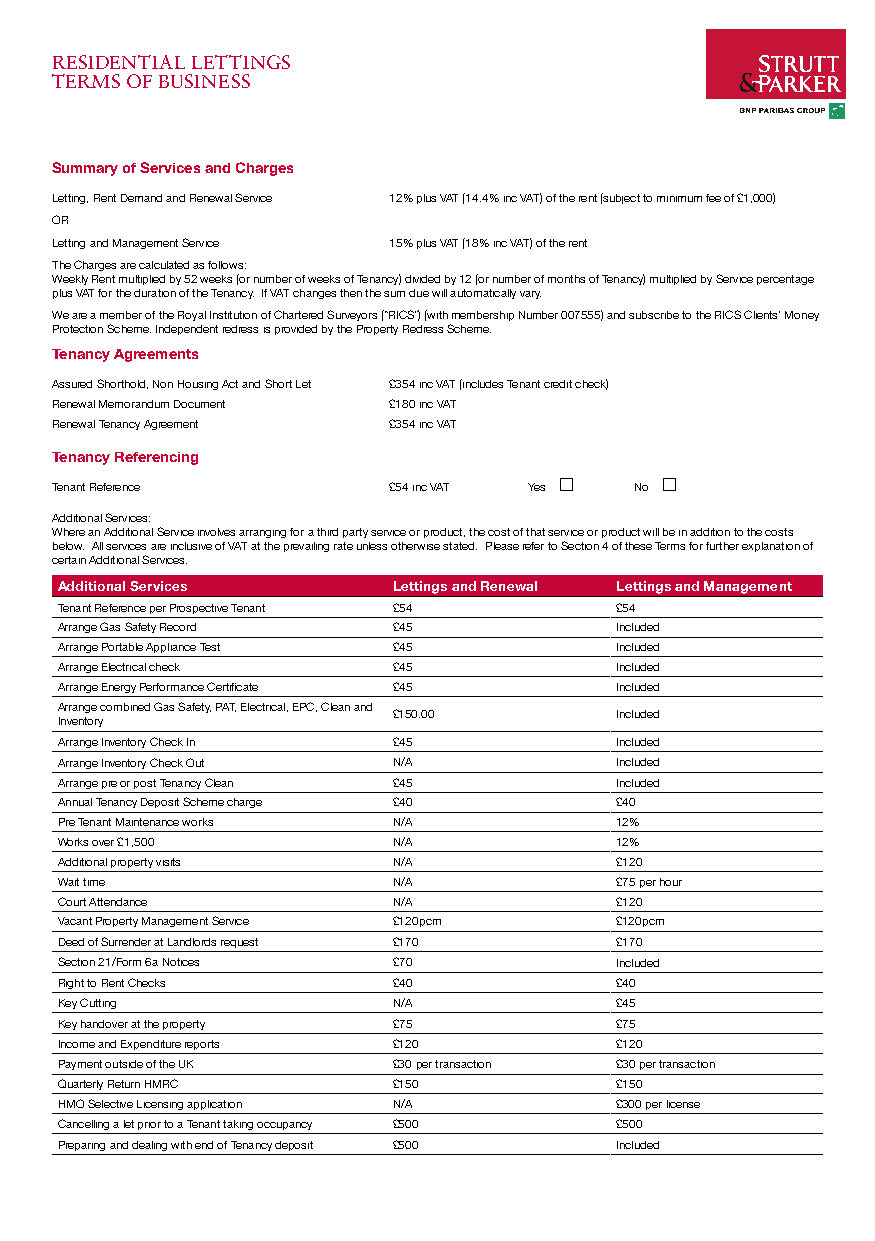
RESIDENTIAL LETTINGS
 TERMS OF BUSINESS
 Summary of Services and Charges
 Letting, Rent Demand and Renewal Service 12% plus VAT (14.4% inc VAT) of the rent (subject to minimum fee of £1,000)
 OR
 Letting and Management Service 15% plus VAT (18% inc VAT) of the rent
 The Charges are calculated as follows:
 Weekly Rent multiplied by 52 weeks (or number of weeks of Tenancy) divided by 12 (or number of months of Tenancy) multiplied by Service percentage
 plus VAT for the duration of the Tenancy. If VAT changes then the sum due will automatically vary.
 We are a member of the Royal Institution of Chartered Surveyors (“RICS”) (with membership Number 007555) and subscribe to the RICS Clients’ Money
 Protection Scheme. Independent redress is provided by the Property Redress Scheme.
 Tenancy Agreements
 Assured Shorthold, Non Housing Act and Short Let £354 inc VAT (includes Tenant credit check)
 Renewal Memorandum Document £180 inc VAT
 Renewal Tenancy Agreement £354 inc VAT
 Tenancy Referencing
 Tenant Reference       £54 inc VAT Yes £ No £
 Additional Services:
 Where an Additional Service involves arranging for a third party service or product, the cost of that service or product will be in addition to the costs
 below. All services are inclusive of VAT at the prevailing rate unless otherwise stated. Please refer to Section 4 of these Terms for further explanation of
 certain Additional Services.
 Additional Services   Lettings and Renewal Lettings and Management
 Tenant Reference per Prospective Tenant £54 £54
 Arrange Gas Safety Record £45        Included
 Arrange Portable Appliance Test £45  Included
 Arrange Electrical check £45         Included
 Arrange Energy Performance Certificate £45 Included
 Arrange combined Gas Safety, PAT, Electrical, EPC, Clean and
 £150.00        Included
 Inventory
 Arrange Inventory Check In £45       Included
 Arrange Inventory Check Out N/A      Included
 Arrange pre or post Tenancy Clean £45 Included
 Annual Tenancy Deposit Scheme charge £40 £40
 Pre Tenant Maintenance works N/A     12%
 Works over £1,500     N/A            12%
 Additional property visits N/A       £120
 Wait time             N/A            £75 per hour
 Court Attendance      N/A            £120
 Vacant Property Management Service £120pcm £120pcm
 Deed of Surrender at Landlords request £170 £170
 Section 21/Form 6a Notices £70       Included
 Right to Rent Checks  £40            £40
 Key Cutting           N/A            £45
 Key handover at the property £75     £75
 Income and Expenditure reports £120  £120
 Payment outside of the UK £30 per transaction £30 per transaction
 Quarterly Return HMRC £150           £150
 HMO Selective Licensing application N/A £300 per license
 Cancelling a let prior to a Tenant taking occupancy £500 £500
 Preparing and dealing with end of Tenancy deposit £500 Included